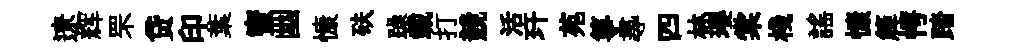
遼辉罘贷印葉蜜幽慷砆躁載打競活玕苑箏𡬶四林瓔棠棧謡慷簰愕踏